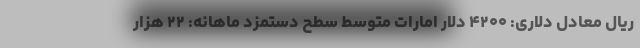
ریال معادل دلاری: ۴۲۰۰ دلار امارات متوسط سطح دستمزد ماهانه: ۲۲ هزار